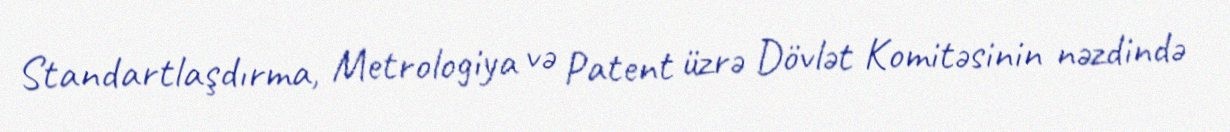
Standartlaşdırma, Metrologiya və Patent üzrə Dövlət Komitəsinin nəzdində